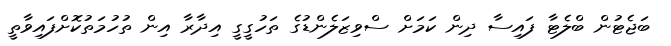
ބަޖެޓުން ބްލެޓާ ފައިސާ ދިން ކަމަށް ސްވިޒަލެންޑުގެ ތަހުގީގީ އިދާރާ އިން ތުހުމަތުކޮށްފައިވާތީ